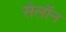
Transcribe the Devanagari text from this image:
सेलॉन